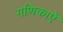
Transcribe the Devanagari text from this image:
गणिकाएँ